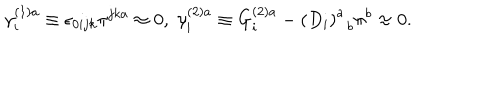
\gamma _ { i } ^ { ( 1 ) a } \equiv \epsilon _ { 0 i j k } \pi ^ { j k a } \approx 0 , \; \gamma _ { i } ^ { ( 2 ) a } \equiv G _ { i } ^ { ( 2 ) a } - \left( D _ { i } \right) _ { \; \; b } ^ { a } \pi ^ { b } \approx 0 .